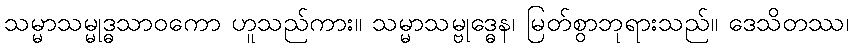
သမ္မာသမ္မုဒ္ဓသာဝကော ဟူသည်ကား။ သမ္မာသမ္ဗုဒ္ဓေန၊ မြတ်စွာဘုရားသည်။ ဒေသိတဿ၊